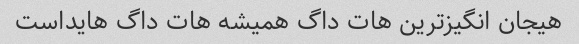
هیجان انگیز‌ترین هات داگ همیشه هات داگ هایداست